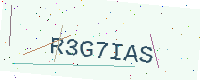
Text: R3G7IAS